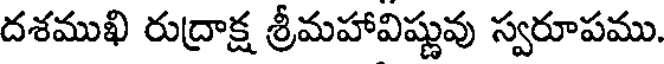
దశముఖి రుద్రాక్ష శ్రీమహావిష్ణువు స్వరూపము.